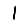
Digit: 1